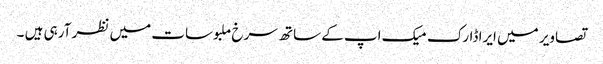
تصاویر میں ایرا ڈارک میک اپ کے ساتھ سرخ ملبوسات میں نظر آرہی ہیں ۔